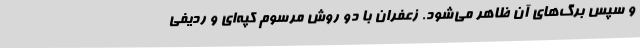
و سپس برگ‌های آن ظاهر می‌شود. زعفران با دو روش مرسوم کپه‌ای و ردیفی